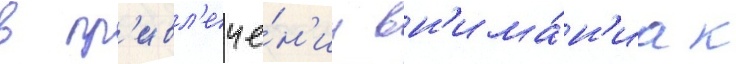
в пр'ивл'ече́н'ии вн'има́н'иа к